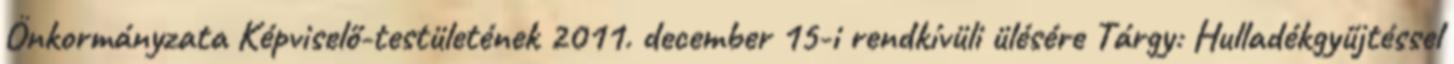
Önkormányzata Képviselő-testületének 2011. december 15-i rendkívüli ülésére Tárgy: Hulladékgyűjtéssel